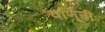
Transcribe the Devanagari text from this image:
वर्णिनी